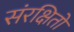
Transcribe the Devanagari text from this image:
संरक्षितो